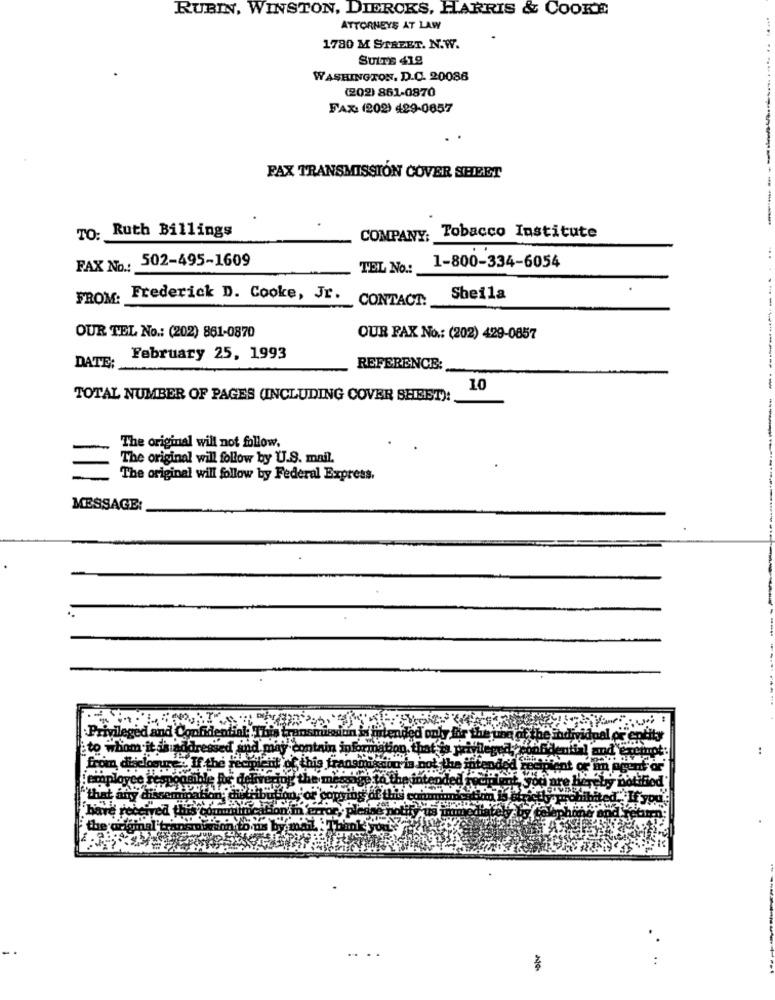
RUBIN, WINSTON, DIEROKS, HARRIS & COOKE
ATTORNEYS AT LAW
1780 M STREET. N.W.
SUITE 418
WASHINGTON, D.C. 20086
(202) 861-0870
FAX: (202) 429-0857
FAX TRANSMISSION COVER SEILET
TO: Ruth Billings
COMPANY, Tobacco Institute
FAX No .: 502-495-1609
TEL No .:
1-800-334-6054
FROM:
Frederick D. Cooke, Jr.
CONTACT:
Sheila
OUR TEL No .: (202) 861-0870
OUR FAX No .: (202) 429-0857
DATE:
February 25, 1993
REFERENCE:
10
TOTAL NUMBER OF PAGES (INCLUDING COVER SHEET):
The original will not follow.
The original will follow by U.S. mail.
The original will follow by Federal Express.
MESSAGE:
Privileg
land Con
ito whom it de add
from disclosure . If the
'that any disse
have received this commune
the original'